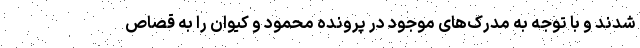
شدند و با توجه به مدرک‌های موجود در پرونده محمود و کیوان را به قصاص